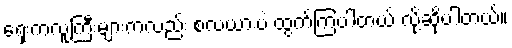
ရှေးကလူကြီးများကလည်း စလယားပဲ ထွက်ကြပါတယ် လို့ဆိုပါတယ်။